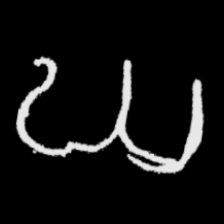
Pyu character \u2014 Myanmar letter: ဃ (romanized: gha)